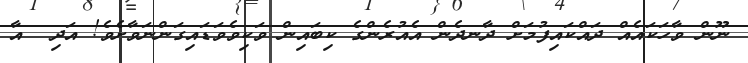
ނޫން ވާހަކައެއް ދައްކައިފުމަށް ދާނދެން އެއުރެންގެ ކިބައިން ވަކިވެވަޑައިގަންނަވާށެވެ! އަދި  އާ